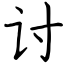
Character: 讨